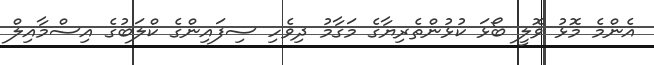
އެންމެ މޮޅު ވޮލީ ބޯޅަ ކުޅުންތެރިޔާގެ މަގާމު ދިވެހި ސިފައިންގެ ކްލަބުގެ އިސްމާއިލް